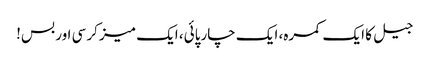
جیل کا ایک کمرہ، ایک چارپائی، ایک میز کرسی اور بس!